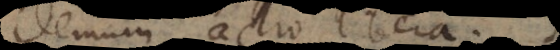
demum actio liber